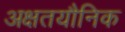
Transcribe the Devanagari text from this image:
अक्षतयौनिक